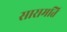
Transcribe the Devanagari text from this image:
सारामति